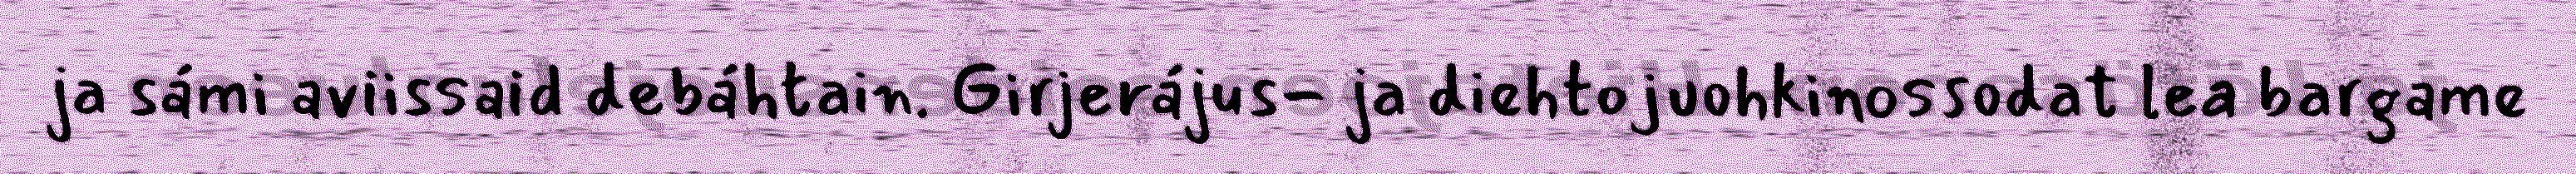
ja sámi aviissaid debáhtain. Girjerájus- ja diehtojuohkinossodat lea bargame